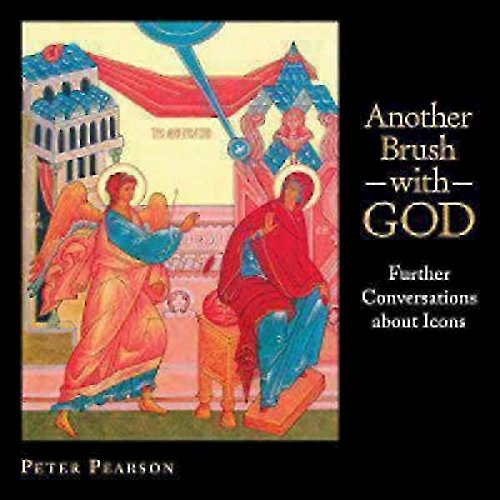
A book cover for Another Brush with God: Further Conversations about Icons; Peter Pearson; Arts & Photography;